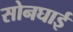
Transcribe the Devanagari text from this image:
सोनघाई